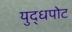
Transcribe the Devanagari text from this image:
युद्धपोट